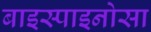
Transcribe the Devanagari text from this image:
बाइस्पाइनोसा